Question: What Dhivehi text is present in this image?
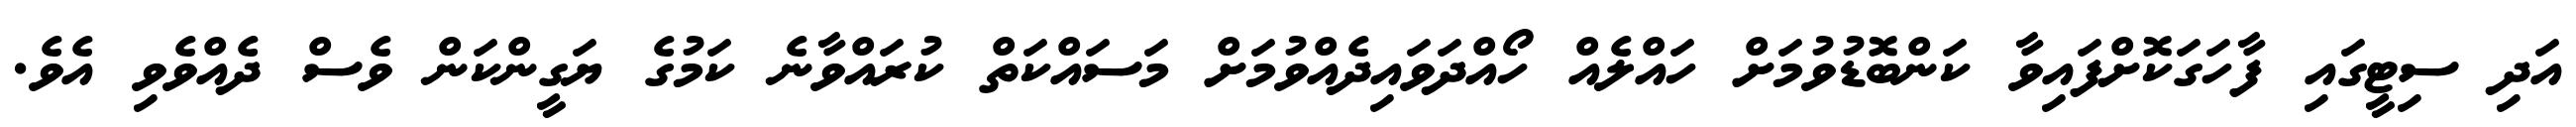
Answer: އަދި ސިޓީގައި ފާހަގަކޮށްފައިވާ ކަންބޮޑުވުމަށް ހައްލެއް ހޯއްދަވައިދެއްވުމަށް މަސައްކަތް ކުރައްވާނެ ކަމުގެ ޔަގީންކަން ވެސް ދެއްވެވި އެވެ.